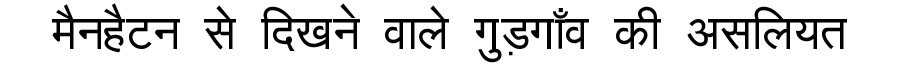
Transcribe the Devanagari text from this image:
मैनहैटन से दिखने वाले गुड़गाँव की असलियत